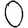
Digit: 0